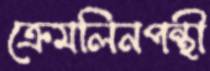
ক্রেমলিনপন্থী